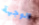
الوجهة